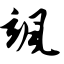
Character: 飒